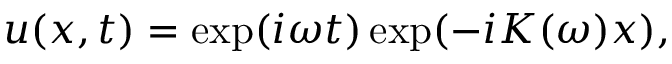
u ( x , t ) = \exp ( i \omega t ) \exp ( - i K ( \omega ) x ) ,